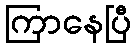
ကြာနေပြီ